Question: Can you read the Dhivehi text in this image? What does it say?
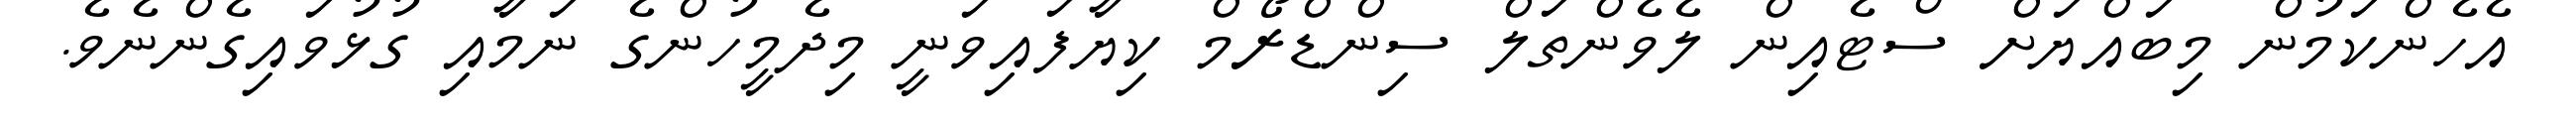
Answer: އެހެންކަމުން މިބައްޔަށް ސްޓެއިން ލެވެންތަލް ސިންޑްރޯމް ކިޔާފައިވަނީ މިދެމީހުންގެ ނަމާއި ގުޅުވައިގެންނެވެ.